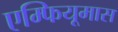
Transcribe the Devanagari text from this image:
एम्फियूमास